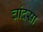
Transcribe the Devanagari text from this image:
चांदसा